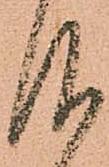
仰